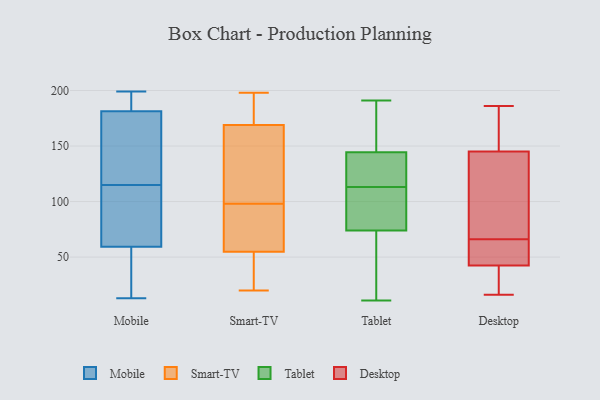
{"axis": {"x": "Market Share (%)", "y": "Value"}, "legend": ["Desktop", "Mobile", "Smart-TV", "Tablet"], "data": [{"x": "", "y": 75, "type": "Mobile"}, {"x": "", "y": 196, "type": "Mobile"}, {"x": "", "y": 180, "type": "Mobile"}, {"x": "", "y": 13, "type": "Mobile"}, {"x": "", "y": 199, "type": "Mobile"}, {"x": "", "y": 115, "type": "Mobile"}, {"x": "", "y": 61, "type": "Mobile"}, {"x": "", "y": 54, "type": "Mobile"}, {"x": "", "y": 116, "type": "Mobile"}, {"x": "", "y": 79, "type": "Mobile"}, {"x": "", "y": 129, "type": "Mobile"}, {"x": "", "y": 51, "type": "Mobile"}, {"x": "", "y": 185, "type": "Mobile"}, {"x": "", "y": 98, "type": "Smart-TV"}, {"x": "", "y": 97, "type": "Smart-TV"}, {"x": "", "y": 84, "type": "Smart-TV"}, {"x": "", "y": 22, "type": "Smart-TV"}, {"x": "", "y": 58, "type": "Smart-TV"}, {"x": "", "y": 167, "type": "Smart-TV"}, {"x": "", "y": 20, "type": "Smart-TV"}, {"x": "", "y": 198, "type": "Smart-TV"}, {"x": "", "y": 132, "type": "Smart-TV"}, {"x": "", "y": 45, "type": "Smart-TV"}, {"x": "", "y": 134, "type": "Smart-TV"}, {"x": "", "y": 89, "type": "Smart-TV"}, {"x": "", "y": 102, "type": "Smart-TV"}, {"x": "", "y": 198, "type": "Smart-TV"}, {"x": "", "y": 33, "type": "Smart-TV"}, {"x": "", "y": 181, "type": "Smart-TV"}, {"x": "", "y": 175, "type": "Smart-TV"}, {"x": "", "y": 191, "type": "Tablet"}, {"x": "", "y": 169, "type": "Tablet"}, {"x": "", "y": 142, "type": "Tablet"}, {"x": "", "y": 122, "type": "Tablet"}, {"x": "", "y": 83, "type": "Tablet"}, {"x": "", "y": 145, "type": "Tablet"}, {"x": "", "y": 179, "type": "Tablet"}, {"x": "", "y": 163, "type": "Tablet"}, {"x": "", "y": 13, "type": "Tablet"}, {"x": "", "y": 90, "type": "Tablet"}, {"x": "", "y": 116, "type": "Tablet"}, {"x": "", "y": 113, "type": "Tablet"}, {"x": "", "y": 20, "type": "Tablet"}, {"x": "", "y": 74, "type": "Tablet"}, {"x": "", "y": 73, "type": "Tablet"}, {"x": "", "y": 143, "type": "Tablet"}, {"x": "", "y": 74, "type": "Tablet"}, {"x": "", "y": 96, "type": "Tablet"}, {"x": "", "y": 11, "type": "Tablet"}, {"x": "", "y": 49, "type": "Desktop"}, {"x": "", "y": 186, "type": "Desktop"}, {"x": "", "y": 39, "type": "Desktop"}, {"x": "", "y": 145, "type": "Desktop"}, {"x": "", "y": 41, "type": "Desktop"}, {"x": "", "y": 146, "type": "Desktop"}, {"x": "", "y": 136, "type": "Desktop"}, {"x": "", "y": 43, "type": "Desktop"}, {"x": "", "y": 167, "type": "Desktop"}, {"x": "", "y": 56, "type": "Desktop"}, {"x": "", "y": 145, "type": "Desktop"}, {"x": "", "y": 16, "type": "Desktop"}, {"x": "", "y": 100, "type": "Desktop"}, {"x": "", "y": 66, "type": "Desktop"}, {"x": "", "y": 87, "type": "Desktop"}, {"x": "", "y": 19, "type": "Desktop"}, {"x": "", "y": 63, "type": "Desktop"}]}